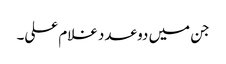
جن میں دو عدد غلام علی۔